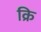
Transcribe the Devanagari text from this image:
क्रि